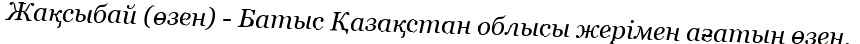
Жақсыбай (өзен) - Батыс Қазақстан облысы жерімен ағатын өзен.